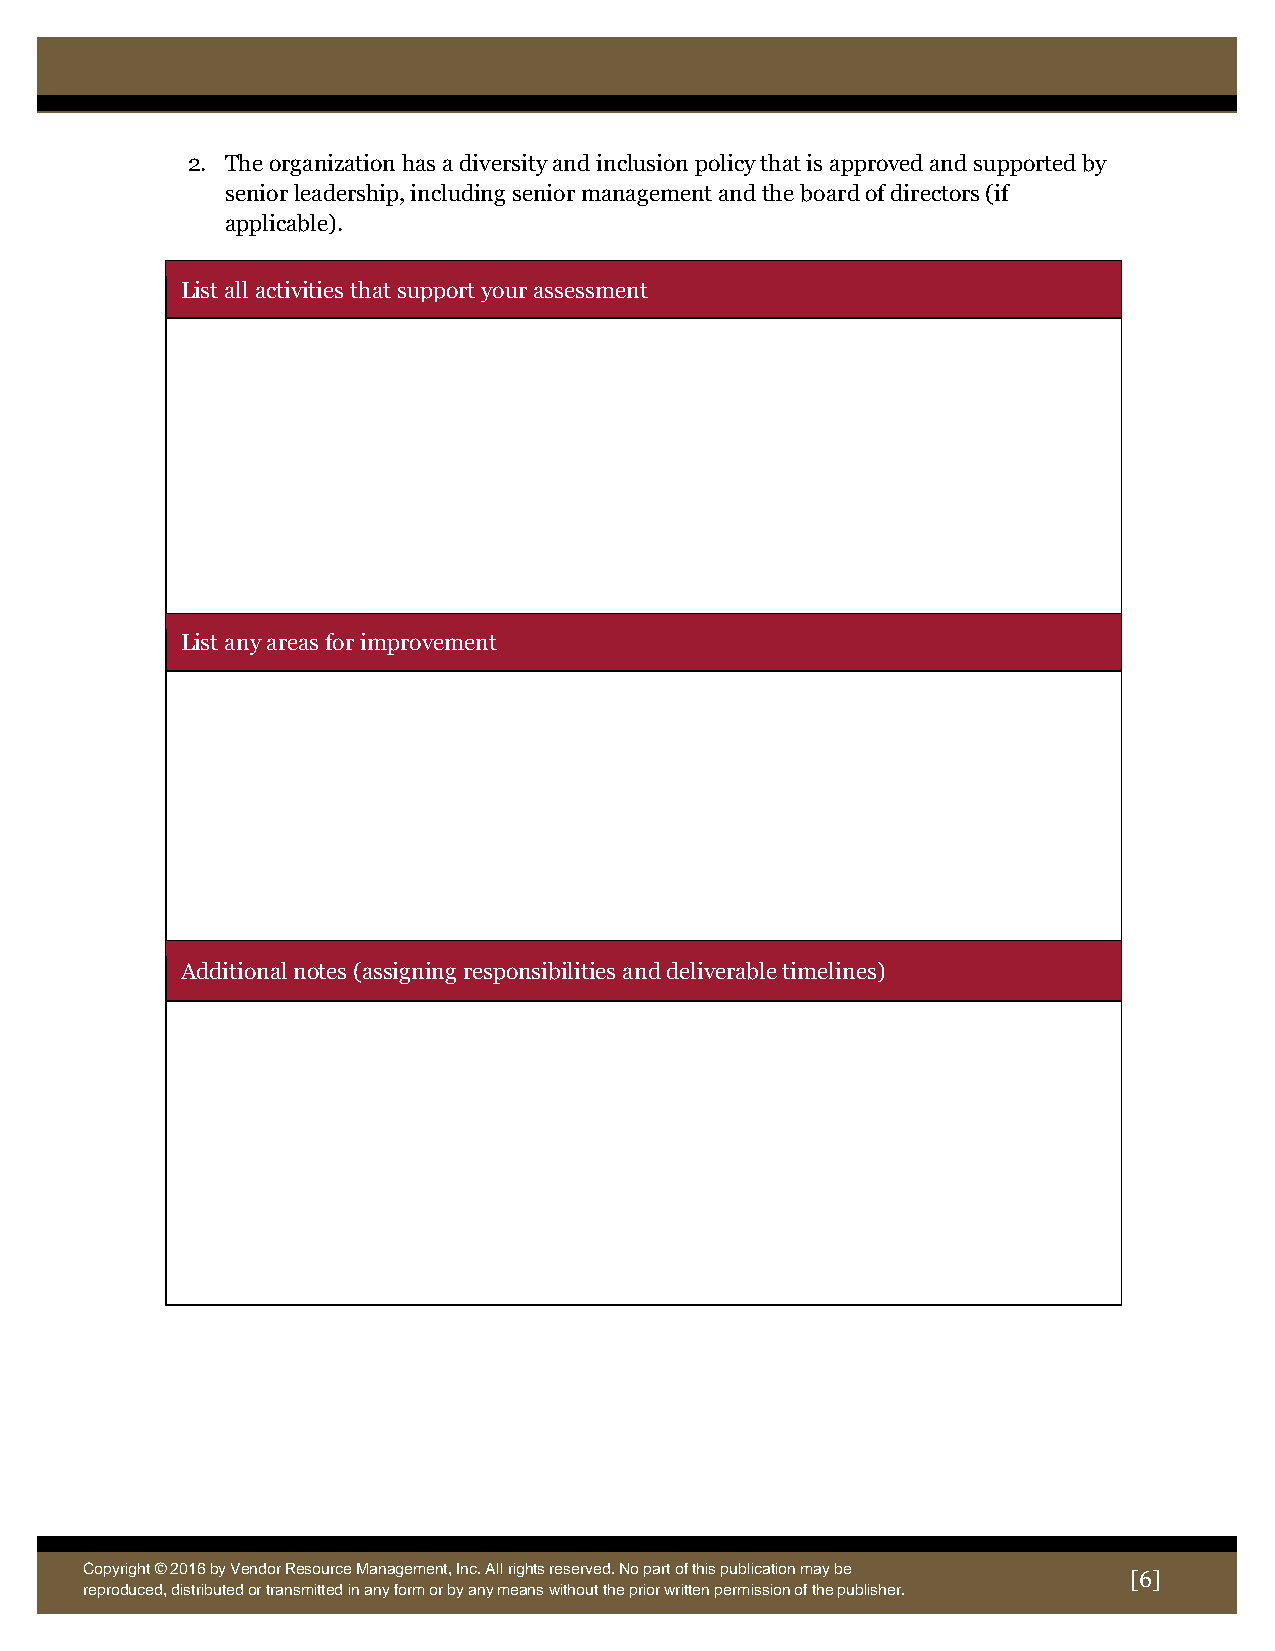
2. The organization has a diversity and inclusion policy that is approved and supported by
 senior leadership, including senior management and the board of directors (if
 applicable).
 List all activities that support your assessment
 List any areas for improvement
 Additional notes (assigning responsibilities and deliverable timelines)
 Copyright © 2016 by Vendor Resource Management, Inc. All rights reserved. No part of this publication may be
 [6]
 reproduce d, distributed or transmitted in any form or by any means without the prior written permission of the publisher.